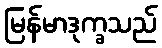
မြန်မာဒုက္ခသည်